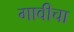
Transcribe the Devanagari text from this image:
गावीचा